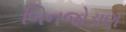
બિનજોડાણ